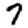
Digit: 7